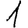
Digit: 1